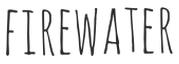
FIREWATER